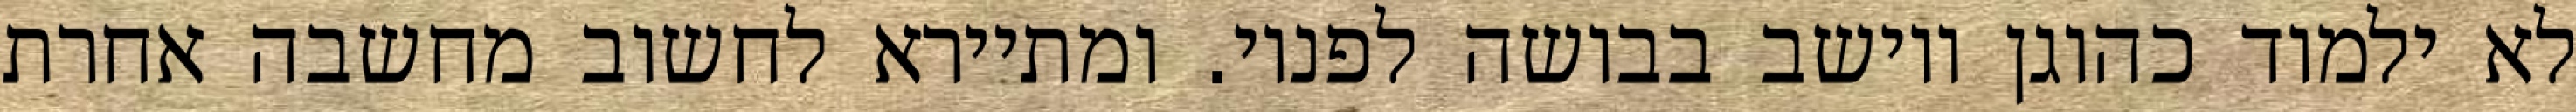
לא ילמוד כהוגן ויושב בבושה לפניו. ומתיירא לחשוב מחשבה אחרת